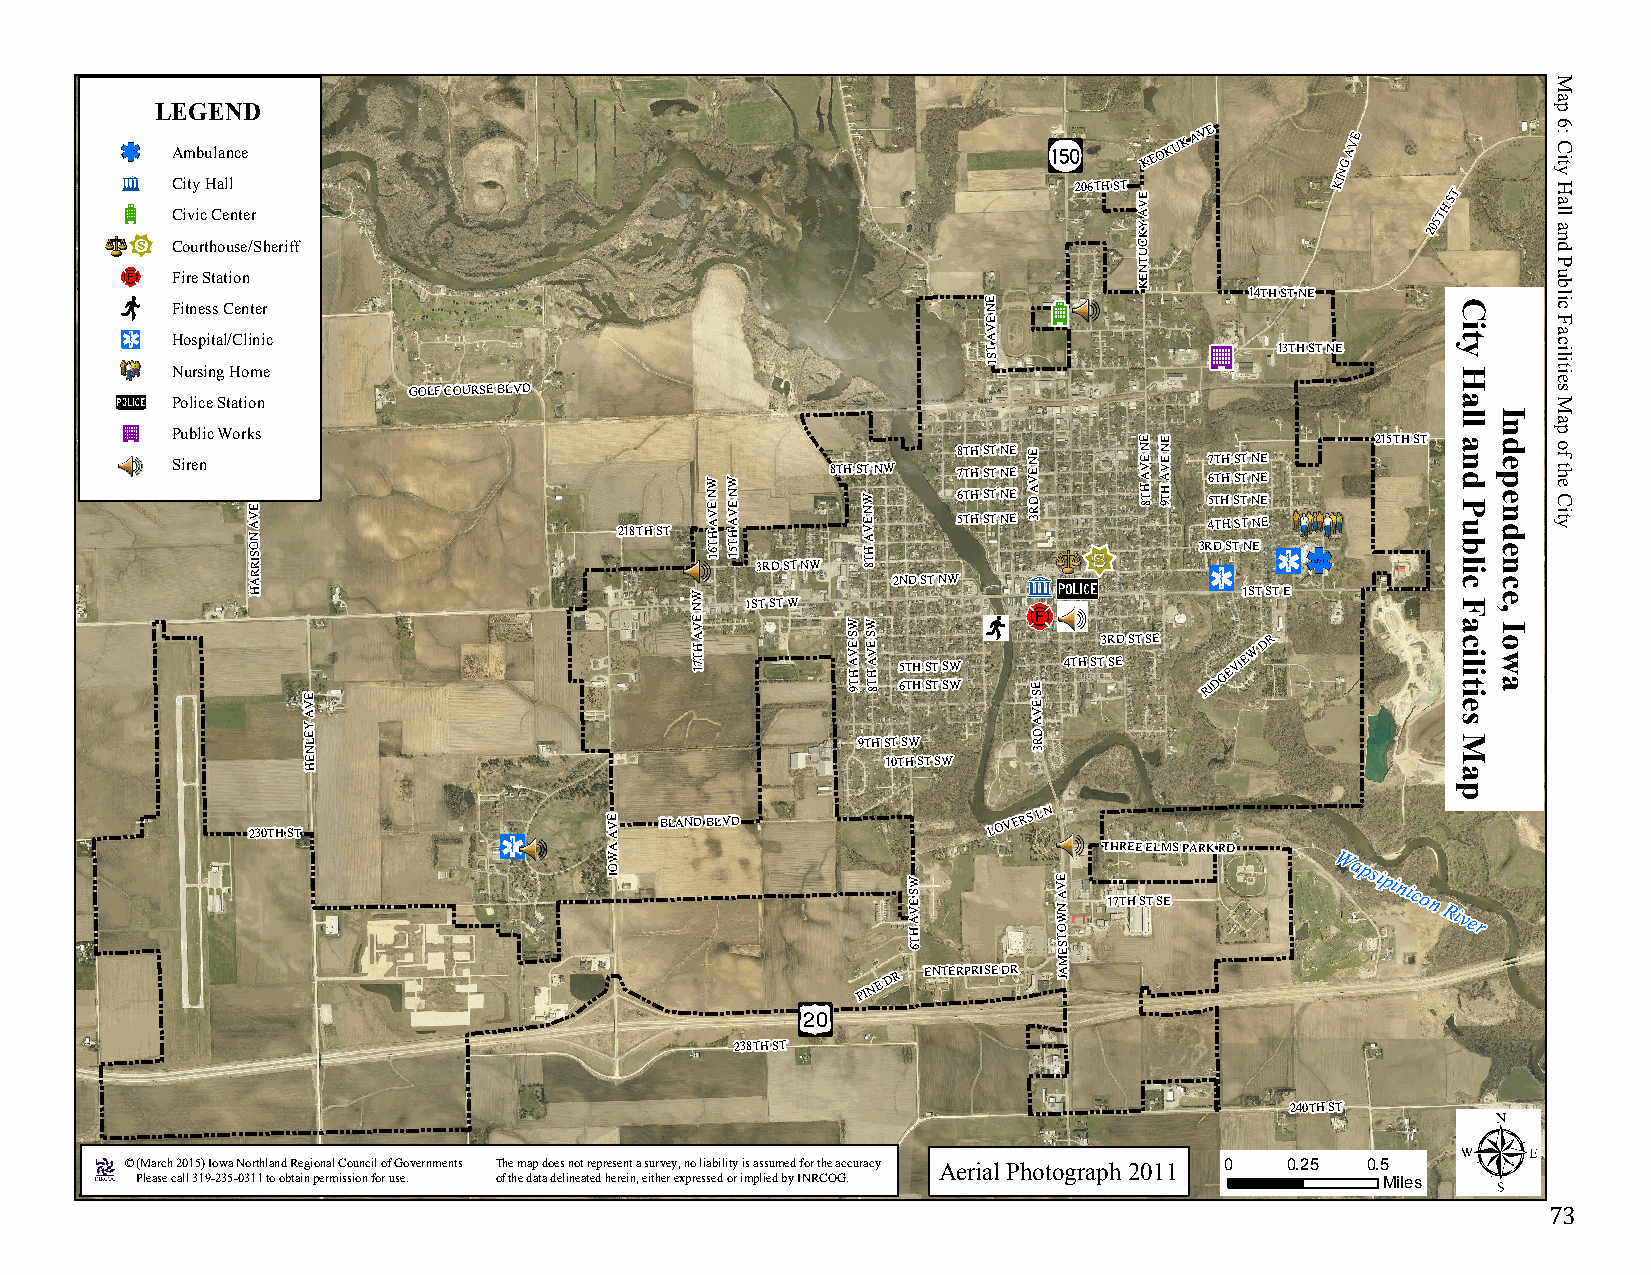
LEGEND
 Ambulance
 KEOKUK
 AVE
 G
 AVE
 N
 C Ci it vy
 i
 cH Ca ell
 nter
 206TH ST E
 V A
 Y
 K
 KI
 205TH
 ST
 Courthouse/Sheriff                                              C U
 T N
 Fire Station                                                    E K
 E                 14TH ST NE Fitness Center N
 E
 V
 Hospital/Clinic                                       A
 T                  13TH ST NE
 S
 1
 Nursing Home
 GOLF COURSE BLVD
 Police Station
 P Su irb el nic Work E V A N O S IR Rs 218TH ST W N E V A H T 61W N E V A H T 51 3RD ST NW 8TH ST W N E V A H T 8 NW 8 567T TTTH HHH S SSST TTT N NNNE EEE E N E V A D R 3 E N E V A H T 8 E N E V A H T 9 3R57 6 4 DTT T THH H H S TSS S S TT T T N NN N N EEE E E 215TH ST R D L E L B U O D
 A                                         2ND ST NW
 H                            W                                   1ST ST E
 N  1ST ST W
 E V       WW
 E
 V
 A H T 71  S E V A H
 T
 9S E V A H
 T 8
 65 TT HH SS TT SS WW
 E S
 E
 4TH ST3 R SED ST SE RIDGEVIEW DR
 A                                               V
 Y
 E
 A
 D L N 9TH ST SW R 3
 E H                                    10TH ST SW
 230TH ST
 E V
 A
 BLAND BLVD            LOVERS
 LN
 A W                              THREE ELMS PARK RD
 O
 I                   W
 S
 E V A
 H T 6
 E V
 A
 N W
 O T S E
 17TH ST SE
 Wapsipinicon
 River
 M
 PINE
 DR ENTERPRISE DR A J
 238TH ST
 240TH ST
 © (March 2015) Iowa Northland Regional Council of Governments The map does not represent a survey, no liability is assumed for the accuracy Aerial Photograph 2011 0 0.25 0.5
 Please call 319-235-0311 to obtain permission for use. of the data delineated herein, either expressed or implied by INRCOG. Miles
 73
 City
 Hall
 and Public
 Facilities
 Map
 Independence,
 Iowa
 Map
 6:
 City
 Hall
 and
 Public
 Facilities
 Map
 of the City